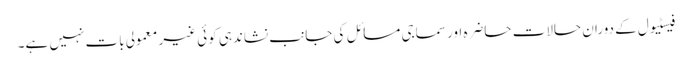
فیسٹیول کے دوران حالات حاضرہ اور سماجی مسائل کی جانب نشاندہی کوئی غیر معمولی بات نہیں ہے۔